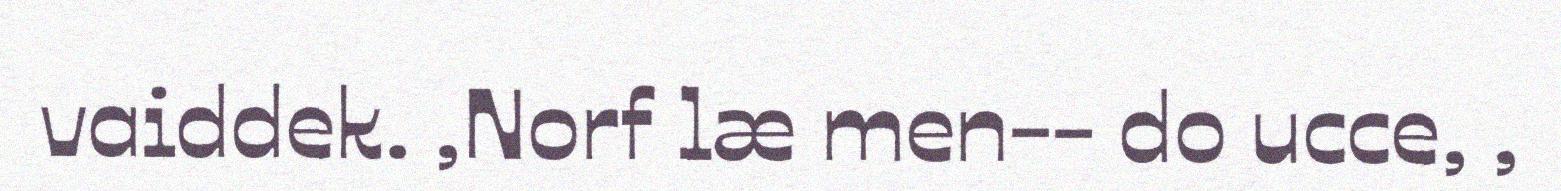
vaiddek. ,Norf læ men-- do ucce, ,